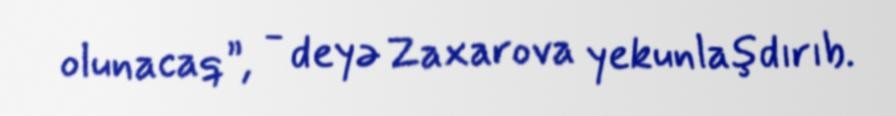
olunacaq”, - deyə Zaxarova yekunlaşdırıb.